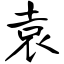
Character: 袁